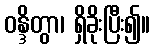
ဝန္ဒိတွာ၊ ရှိခိုးပြီး၍။